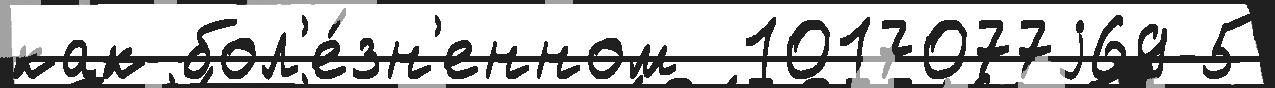
как бол'е́зн'енном  1017077j69-5